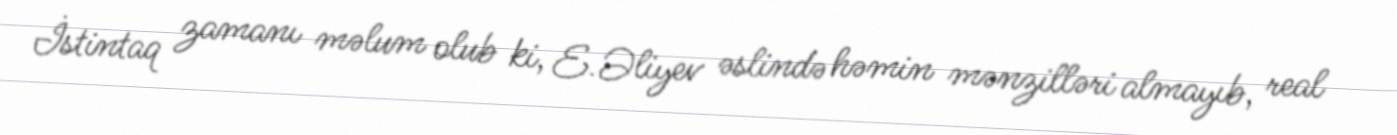
İstintaq zamanı məlum olub ki, E.Əliyev əslində həmin mənzilləri almayıb, real